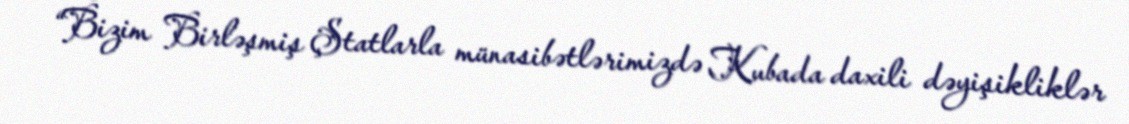
“Bizim Birləşmiş Ştatlarla münasibətlərimizdə Kubada daxili dəyişikliklər